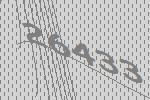
26433